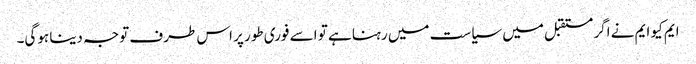
ایم کیو ایم نے اگر مستقبل میں سیاست میں رہنا ہے تو اسے فوری طور پر اس طرف توجہ دینا ہوگی۔